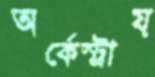
অর্কেস্ট্রায়